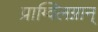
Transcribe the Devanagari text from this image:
प्राग्विलग्नान्